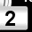
Digit: 2